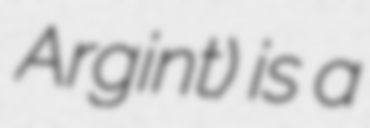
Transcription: Argint) is a